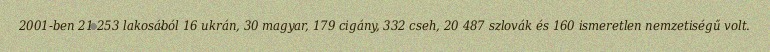
2001-ben 21 253 lakosából 16 ukrán, 30 magyar, 179 cigány, 332 cseh, 20 487 szlovák és 160 ismeretlen nemzetiségű volt.